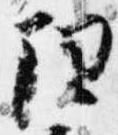
理